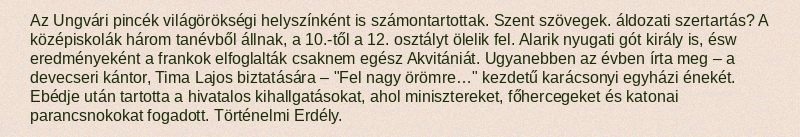
Az Ungvári pincék világörökségi helyszínként is számontartottak. Szent szövegek. áldozati szertartás? A középiskolák három tanévből állnak, a 10.-től a 12. osztályt ölelik fel. Alarik nyugati gót király is, ésw eredményeként a frankok elfoglalták csaknem egész Akvitániát. Ugyanebben az évben írta meg – a devecseri kántor, Tima Lajos biztatására – "Fel nagy örömre…" kezdetű karácsonyi egyházi énekét. Ebédje után tartotta a hivatalos kihallgatásokat, ahol minisztereket, főhercegeket és katonai parancsnokokat fogadott. Történelmi Erdély.